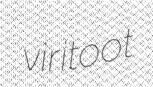
viritoot